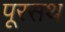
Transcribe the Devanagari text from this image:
पूरसथ